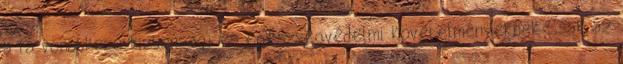
a rá vonatkozó biztonsági és egészségvédelmi követelményeknek Csak az